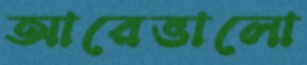
আরেভালো